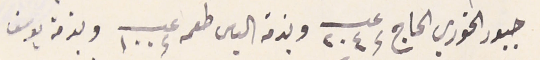
جبور الخوري الحاج عـــ ٢٠٤ وبذمه الياس طعمه عـــ ١٠٠ وبذمة يوسف